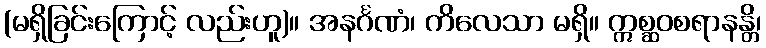
(မရှိခြင်းကြောင့် လည်းဟူ)။ အနင်္ဂဏံ၊ ကိလေသာ မရှိ။ ဣစ္ဆဝစရာနန္တိ၊